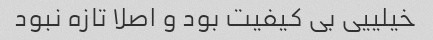
خیلییی بی کیفیت بود و اصلا تازه نبود